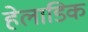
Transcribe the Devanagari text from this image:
हेलाडिक